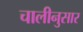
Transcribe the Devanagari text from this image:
चालीनुसार